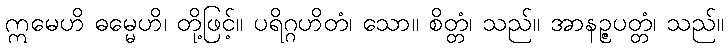
ဣမေဟိ ဓမ္မေဟိ၊ တို့ဖြင့်။ ပရိဂ္ဂဟိတံ၊ သော။ စိတ္တံ၊ သည်။ အာနဉ္ဇပတ္တံ၊ သည်။